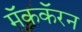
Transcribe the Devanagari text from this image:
मॅककॅरन